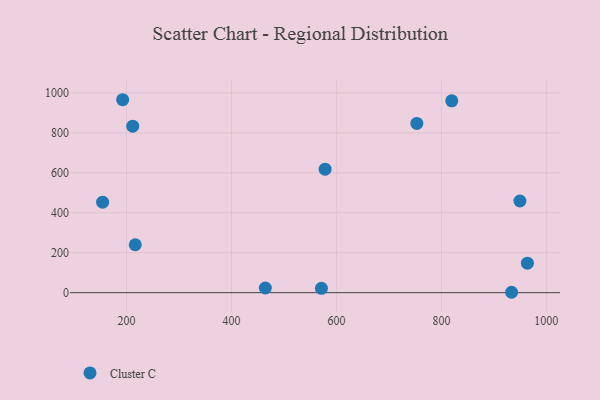
{"axis": {"x": "Speed", "y": "Yield"}, "legend": ["Cluster C"], "data": [{"x": "753.2", "y": 847.2, "type": "Cluster C"}, {"x": "578.4", "y": 618.2, "type": "Cluster C"}, {"x": "819.7", "y": 960.5, "type": "Cluster C"}, {"x": "192.7", "y": 965.8, "type": "Cluster C"}, {"x": "211.9", "y": 833.6, "type": "Cluster C"}, {"x": "571.4", "y": 21.8, "type": "Cluster C"}, {"x": "216.7", "y": 239.9, "type": "Cluster C"}, {"x": "963.8", "y": 147.6, "type": "Cluster C"}, {"x": "464.5", "y": 23.3, "type": "Cluster C"}, {"x": "154.5", "y": 452.9, "type": "Cluster C"}, {"x": "933.7", "y": 2.0, "type": "Cluster C"}, {"x": "949.6", "y": 458.8, "type": "Cluster C"}]}